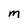
Character: M